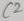
Text: C2